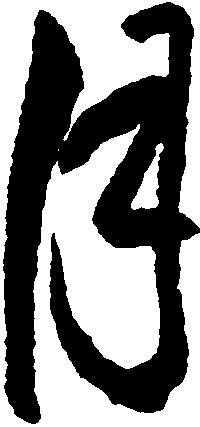
月